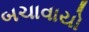
બચાવાયો